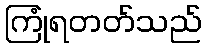
ကြုံရတတ်သည်